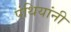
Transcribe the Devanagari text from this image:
पंथियांनी